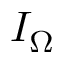
I _ { \Omega }